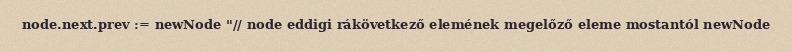
node.next.prev := newNode "// node eddigi rákövetkező elemének megelőző eleme mostantól newNode